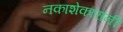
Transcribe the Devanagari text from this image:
नकाशेकारांनी